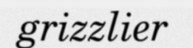
grizzlier